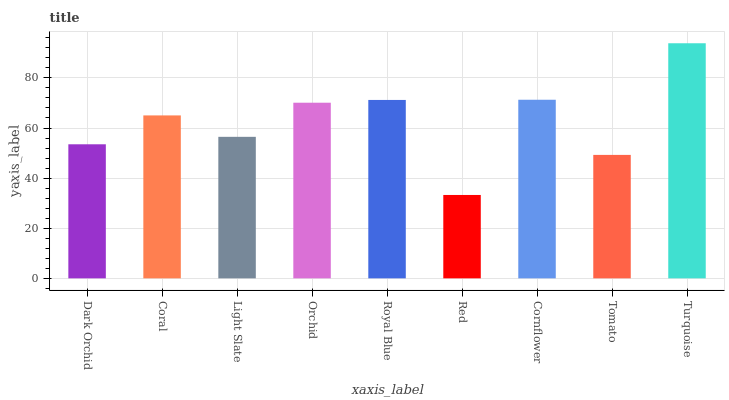
| xaxis_label | bars |
 | --- | --- |
 | Dark Orchid | 53.5 |
 | Coral | 65 |
 | Light Slate | 56.5 |
 | Orchid | 70.1 |
 | Royal Blue | 71.2 |
 | Red | 33.3 |
 | Cornflower | 71.3 |
 | Tomato | 49.3 |
 | Turquoise | 93.8 |